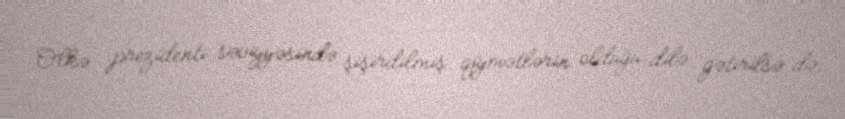
Ölkə prezidenti səviyyəsində şişirdilmiş qiymətlərin olduğu dilə gətirilsə də,